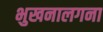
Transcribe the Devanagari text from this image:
भुखनालगना